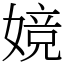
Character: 㜔